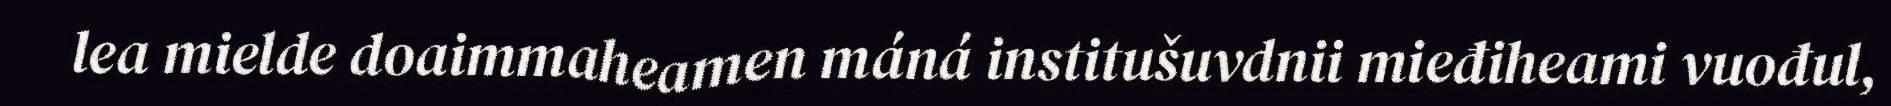
lea mielde doaimmaheamen máná institušuvdnii mieđiheami vuođul,